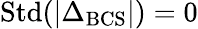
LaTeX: \mathrm{Std}(|\Delta_{\mathrm{BCS}}|)=0